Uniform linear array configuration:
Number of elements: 48
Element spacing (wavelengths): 0.25
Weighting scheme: kaiser
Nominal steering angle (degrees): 15
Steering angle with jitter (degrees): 14.512
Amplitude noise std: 0.05
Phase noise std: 0.05

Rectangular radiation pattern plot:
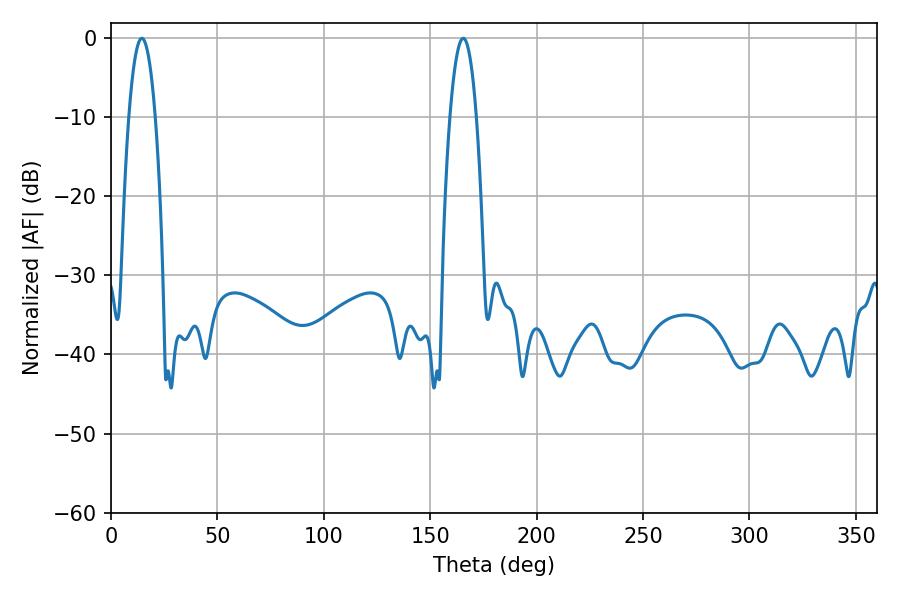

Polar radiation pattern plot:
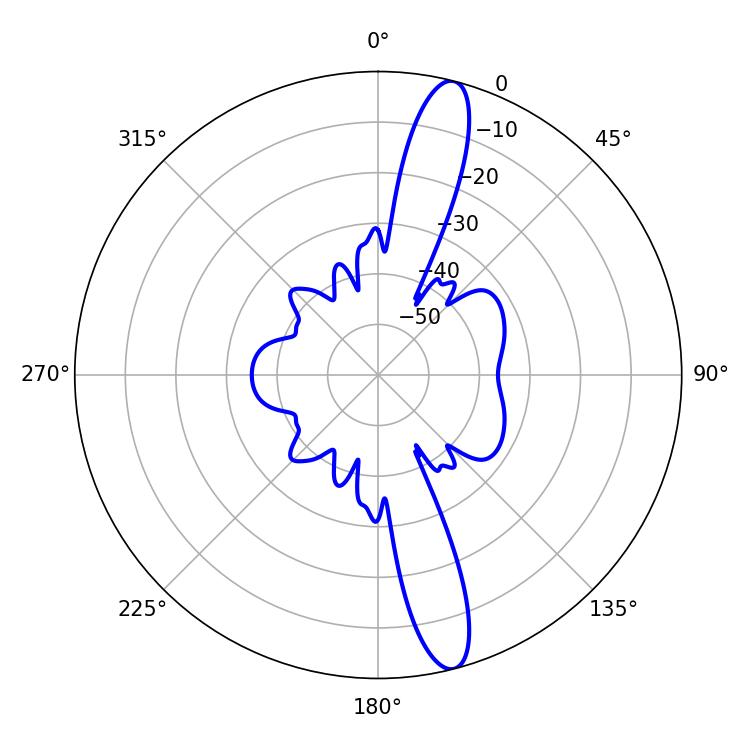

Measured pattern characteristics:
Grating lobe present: FALSE
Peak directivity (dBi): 14.885
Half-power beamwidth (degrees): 6.84
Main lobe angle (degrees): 14.4